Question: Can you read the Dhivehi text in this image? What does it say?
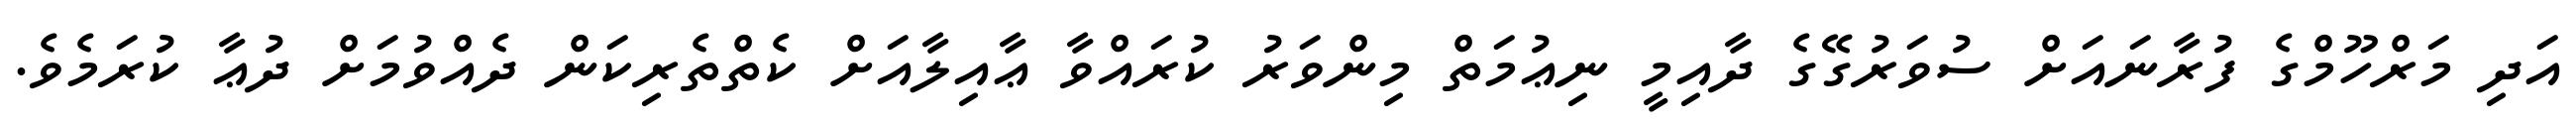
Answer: އަދި މަރްހޫމްގެ ފުރާނައަށް ސުވަރުގޭގެ ދާއިމީ ނިޢުމަތް މިންވަރު ކުރައްވާ ޢާއިލާއަށް ކެތްތެރިކަން ދެއްވުމަށް ދުޢާ ކުރަމެވެ.